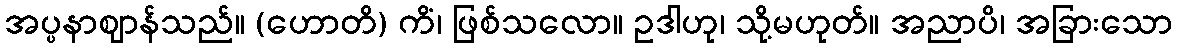
အပ္ပနာဈာန်သည်။ (ဟောတိ) ကိံ၊ ဖြစ်သလော။ ဥဒါဟု၊ သို့မဟုတ်။ အညာပိ၊ အခြားသော